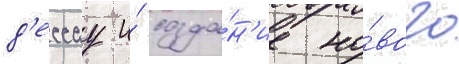
д'ессау и́ созда́н'ие но́вого